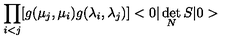
\prod _ { i < j } [ g ( \mu _ { j } , \mu _ { i } ) g ( \lambda _ { i } , \lambda _ { j } ) ] < 0 | \det _ { N } S | 0 >